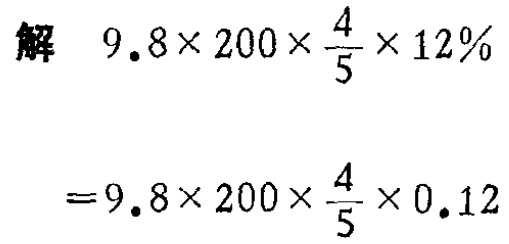
\[

\begin{align*}

&解\quad9.8\times200\times\frac{4}{5}\times12\%\\

&=9.8\times200\times\frac{4}{5}\times0.12

\end{align*}

\]